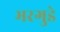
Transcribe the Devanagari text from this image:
भरगुडे